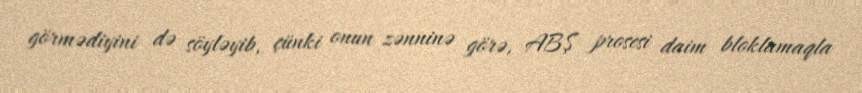
görmədiyini də söyləyib, çünki onun zənninə görə, ABŞ prosesi daim bloklamaqla